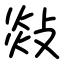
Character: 敥